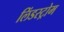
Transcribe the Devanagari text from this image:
लिंडस्ट्रोम